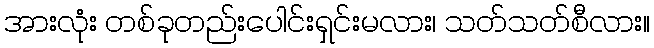
အားလုံး တစ်ခုတည်းပေါင်းရှင်းမလား၊ သတ်သတ်စီလား။